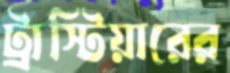
ট্রাস্টিয়ারের